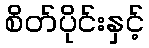
စိတ်ပိုင်းနှင့်